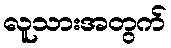
လူသားအတွက်